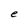
Character: e